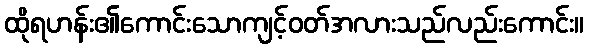
ထိုရဟန်း၏ကောင်းသောကျင့်ဝတ်အလားသည်လည်းကောင်း။